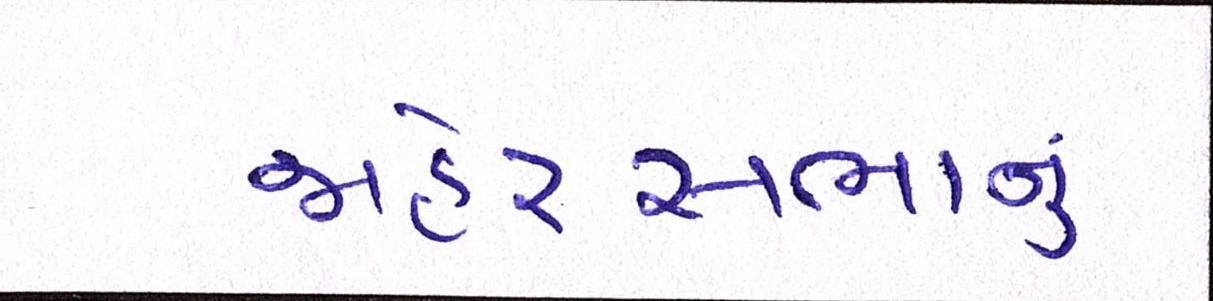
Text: જાહેરસભાનું